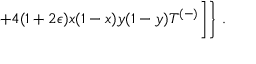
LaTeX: + 4 ( 1 + 2 \epsilon ) x ( 1 - x ) y ( 1 - y ) T ^ { ( - ) } \biggr ] \biggr \} ~ .